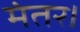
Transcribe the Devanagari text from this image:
मंतर।